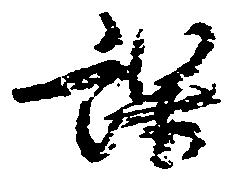
課